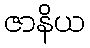
ဇာနိယ